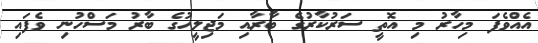
އެއްވެފަ މިހާރު މި އޮތީ ސަރުކާރުގެ ބާރާއި މަޖިލީހުގެ ބާރު މަސްހުނި ވެފައި